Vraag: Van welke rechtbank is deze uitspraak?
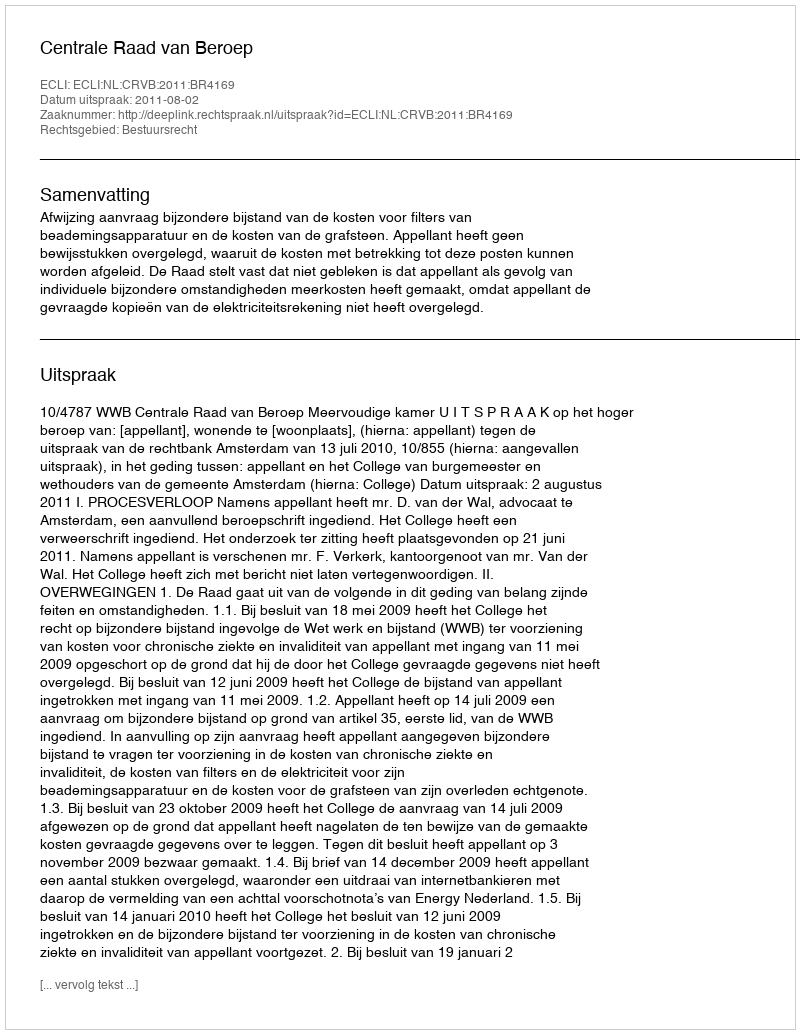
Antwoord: Centrale Raad van Beroep